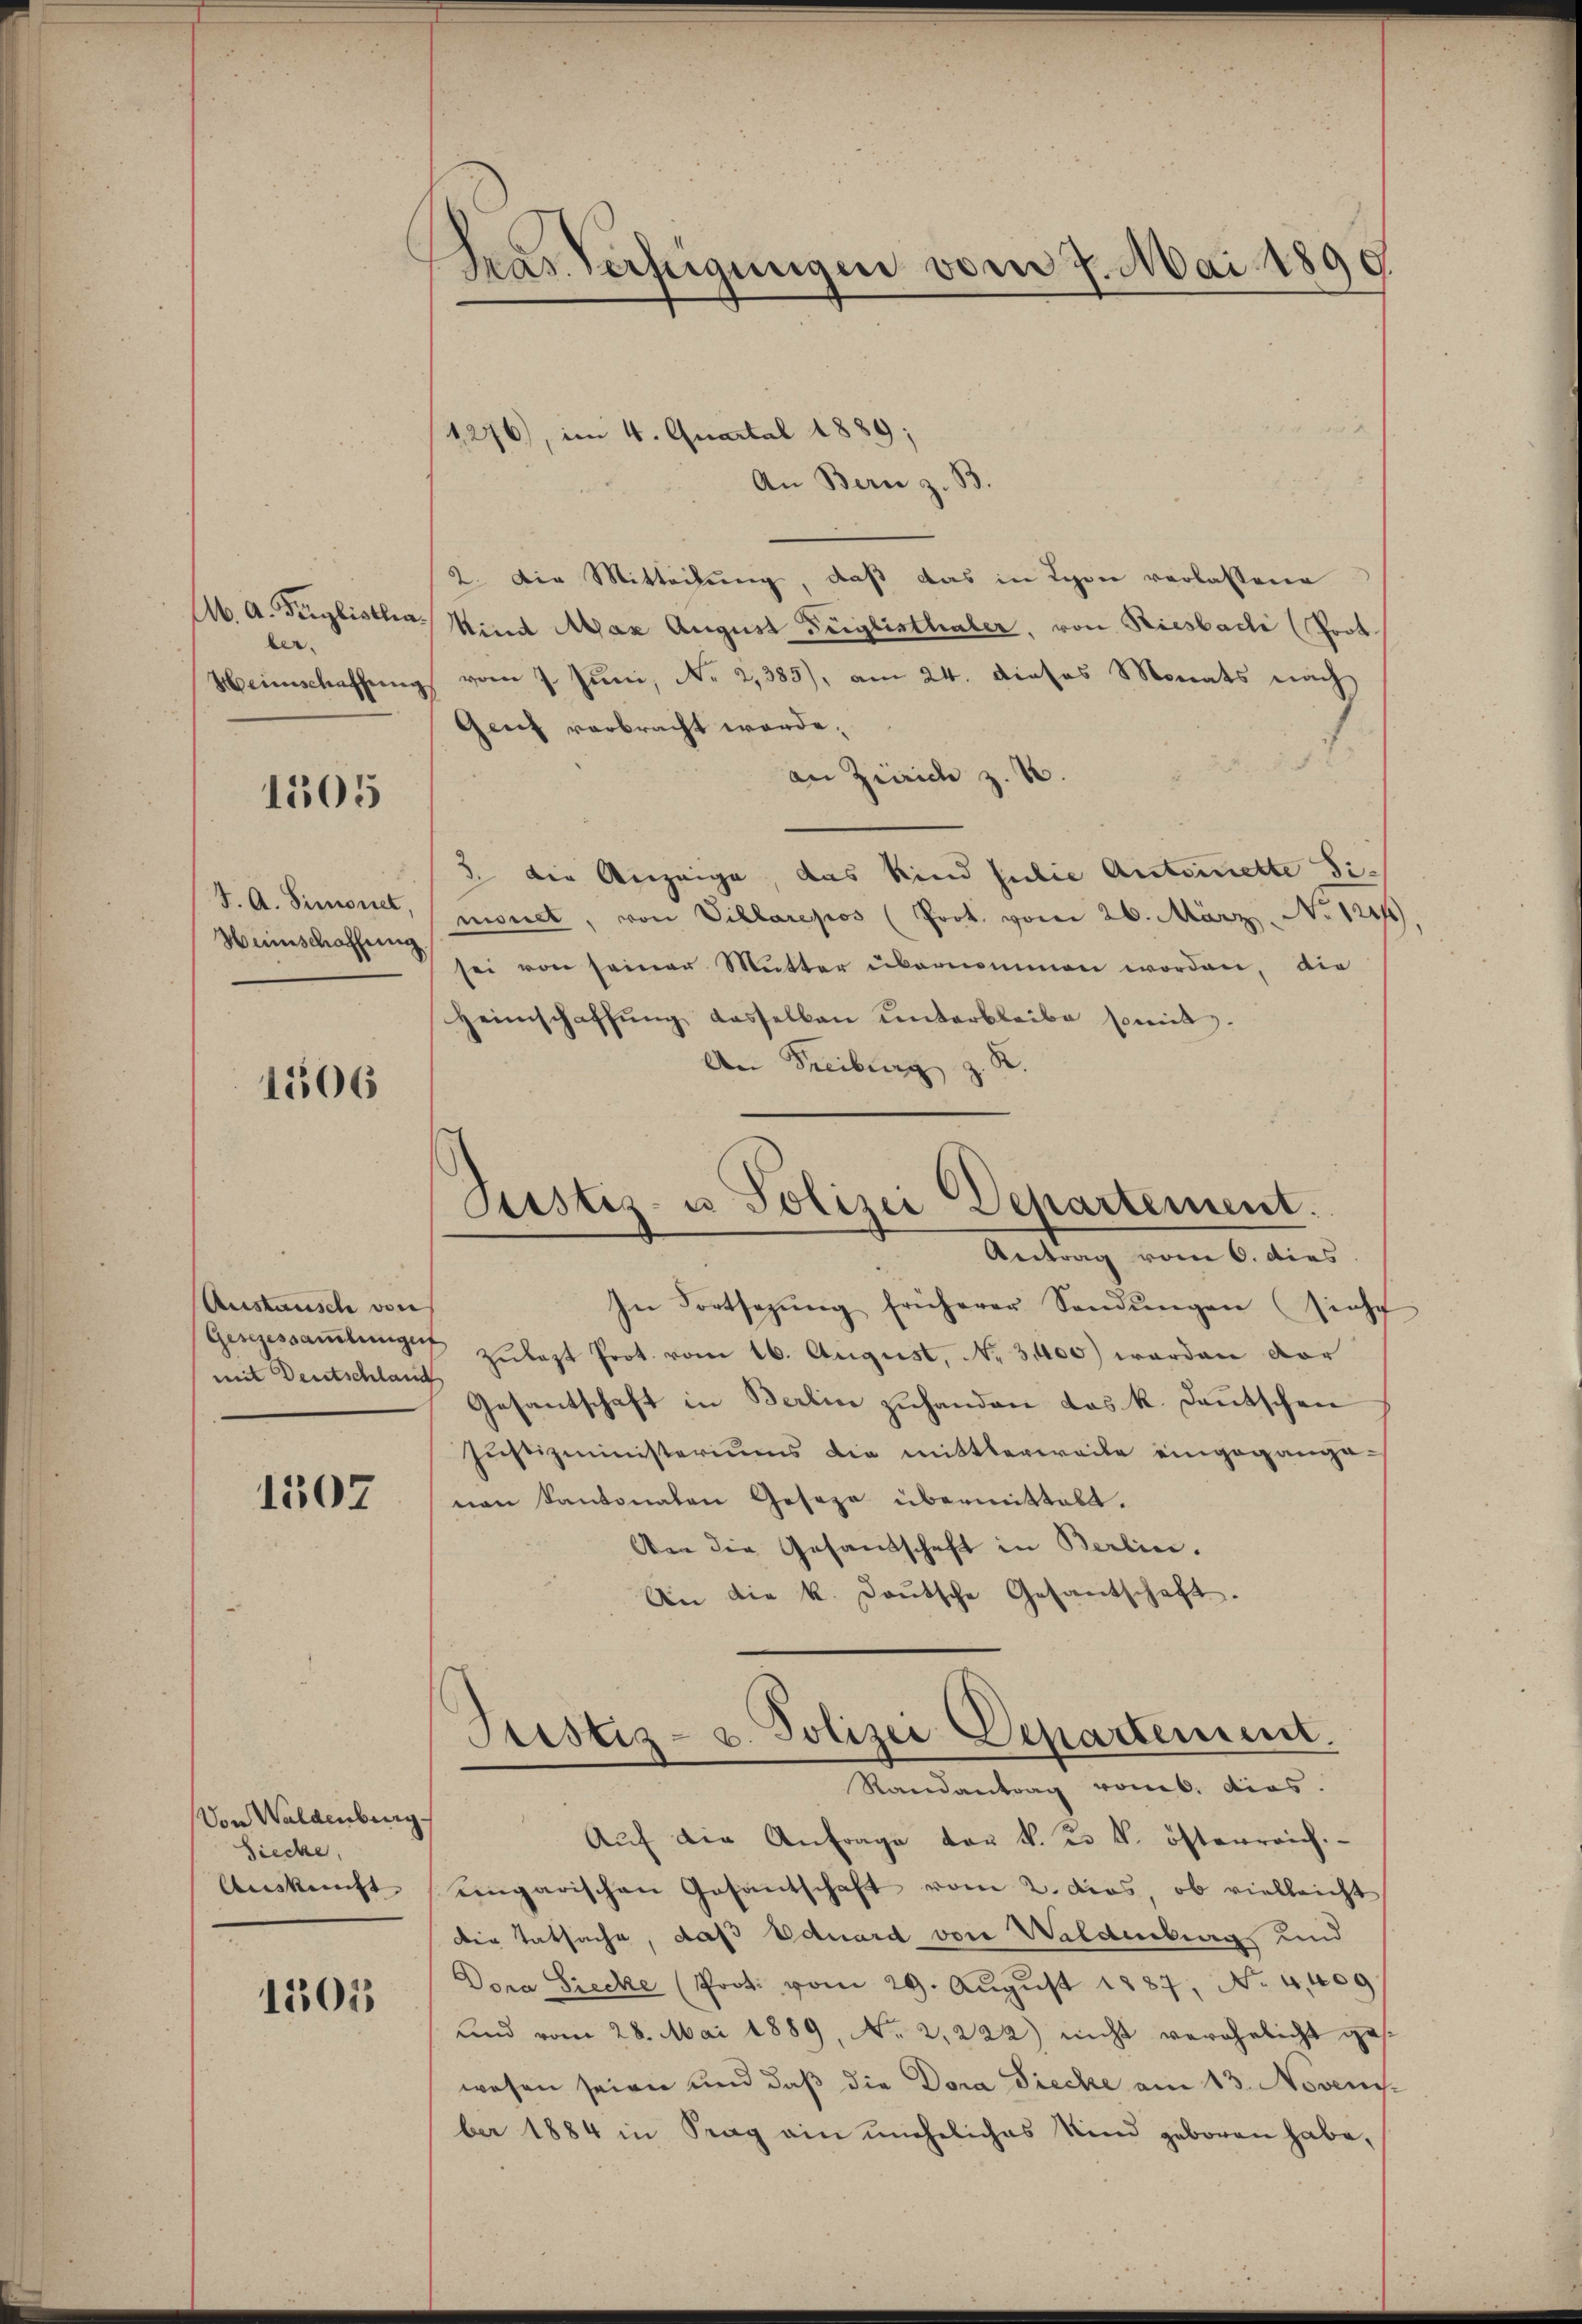
Ab. A. Derglistha
ber.
Heinschaffung

1505

J. A. Simonet,
Hiinschaffung

1506

Austausch von
mit Deutschlauch

1507

Von Waldenburg
Sieche,
Auskunft

1505

¬
Hear Verfeigungen vom 7. Mai 1890

Justiz- u Polizei Departement.

1276), im 4. Quartal 1889;
An Bern z. B.
2. Die Mitteilung, daß das in Lyon verlassene
kind Max August Füglisthaler, von Riesbache (Port.
vom 7. Juni, No 2,385), am 24. dieses Monats nach
Genf verbracht werde.
an Zürich z. B.
3. die Anzeige, das Kind seie Antoinette simonet, von Villarepos (Prok. vom 26. März. No 124
sei von seiner Mutter übernommen worden, die
Heimschaffung dasselben unterbleibe somit
An Freiburg z. R.
Antrag vom 6. dies
In Fortsezŭng früherer Sendŭngen (sieht
Gesgesamlungen zulezt Prot. vom 16. August, No. 3100) worden vor
Gesantschaft in Berlin zuhanden das k. Deutschen
Justizministeriums die mittlerweile eingegange-
nen Kantonalen Geseze übermittelt.
An die Gesandschaft in Berlin.
An die k. deŭtsche Gesantschaft.
.
Justiz- u. Polizei Departement.
Randantrag vom 6. dies.
Auf die Anfrage von k. k. k. österreich.
Eingarischen Gesantschaft vom 2. das, ob vielleicht
die Tatsache, daß Eduard von Waldenberg und
Dora Siecke (Prot. vom 29. Aŭgŭst 1887, No 4,409
und vom 28. Mai 1889, No 2,222) nicht verehelicht ges
wesen seien und daß die Dora Tiecke am 13. Noveni
ber 1884 in Trag ain uneheliches Kind geboren habe,